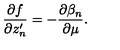
\frac { \partial f } { \partial z _ { n } ^ { \prime } } = - \frac { \partial \beta _ { n } } { \partial \mu } .